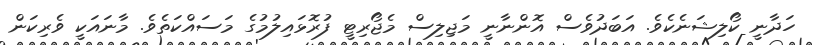
ހަދާނީ ކޯލިޝަނެކެވެ. އަބަދުވެސް އޮންނާނީ މަޖިލިސް މެޖޯރިޓީ ފުރޮޅައިލުމުގެ މަސައްކަތެވެ. މާނައަކީ ވެރިކަން